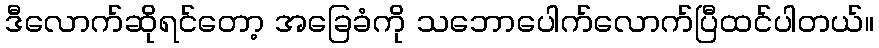
ဒီလောက်ဆိုရင်တော့ အခြေခံကို သဘောပေါက်လောက်ပြီထင်ပါတယ်။